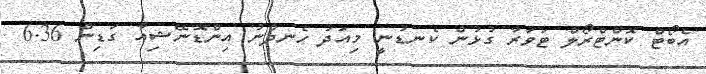
އެބޯޓް ކޮންޓްރޯލް ޓަވަރާ ގުޅުން ކެނޑުނީ މިއަދު ހެނދުނު އިންޑޮނޭޝިއާ ގަޑިން 6.36